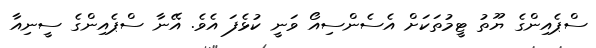
ސްޕެއިންގެ ޔޫތު ޓީމުތަކަށް އެސެންސިއޯ ވަނީ ކުޅެފަ އެވެ. އޭނާ ސްޕެއިންގެ ސީނިއާ